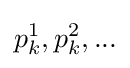
{p_{k}^{1},p_{k}^{2},...}